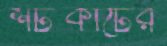
শর্টকাটের